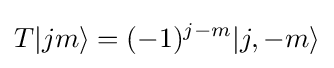
T|jm\rangle =(-1)^{j-m}|j,-m\rangle